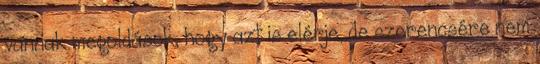
vannak megoldások, hogy azt is elérje, de szerencsére nem